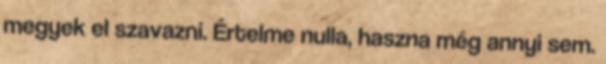
megyek el szavazni. Értelme nulla, haszna még annyi sem.